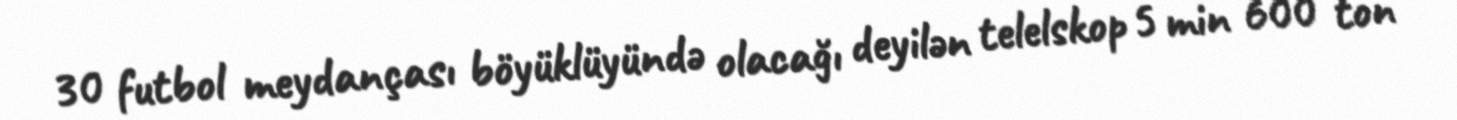
30 futbol meydançası böyüklüyündə olacağı deyilən telelskop 5 min 600 ton